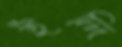
ইদ্দি